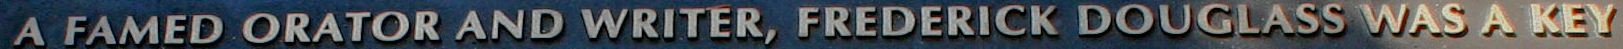
A FAMED ORATOR AND WRITER, FREDERICK DOUGLASS WAS A KEY